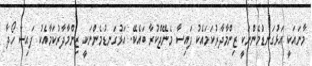
މާނައަކީ އަޅުގަނޑުމެންނަކީ ޒިންމާދާރުކަމައެކު ފައިސާ މެނޭޖްކުރާ ބައެކޭ. އަޅުގަނޑުމެންނަކީ ޒިންމާދާރުކަމާއެކު ފައިސާ ހޯދާ